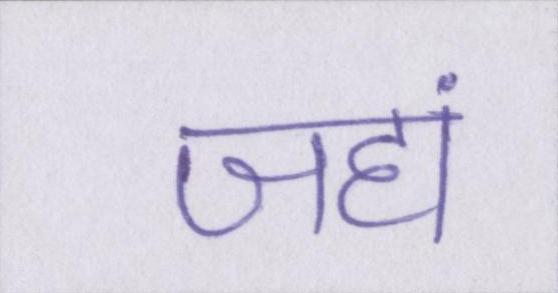
जहां